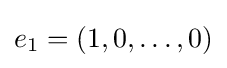
e_{1}=(1,0,\ldots ,0)